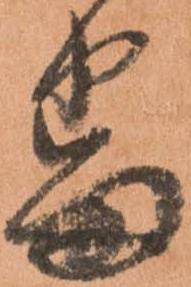
番